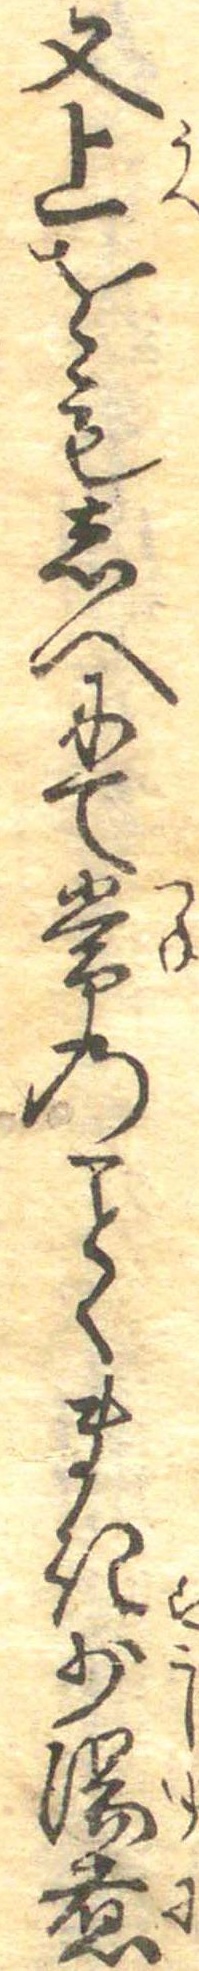
又上をもしへにて常のくまき少湯煮